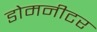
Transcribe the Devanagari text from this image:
डोमनीटर